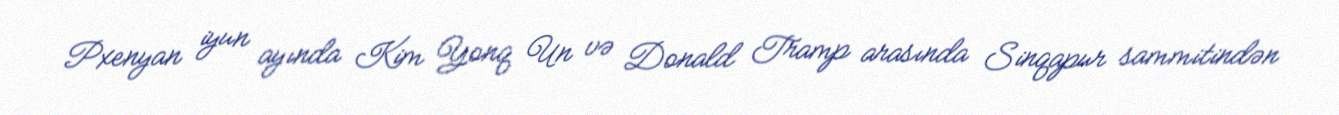
Pxenyan iyun ayında Kim Yonq Un və Donald Tramp arasında Sinqapur sammitindən